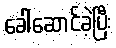
ခေါ်ဆောင်ခဲ့ပြီး